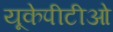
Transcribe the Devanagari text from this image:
यूकेपीटीओ